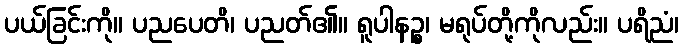
ပယ်ခြင်းကို။ ပညပေတိ၊ ပညတ်၏။ ရူပါနဉ္စ၊ မရုပ်တို့ကိုလည်း။ ပရိညံ၊